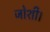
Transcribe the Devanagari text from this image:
जोशी।